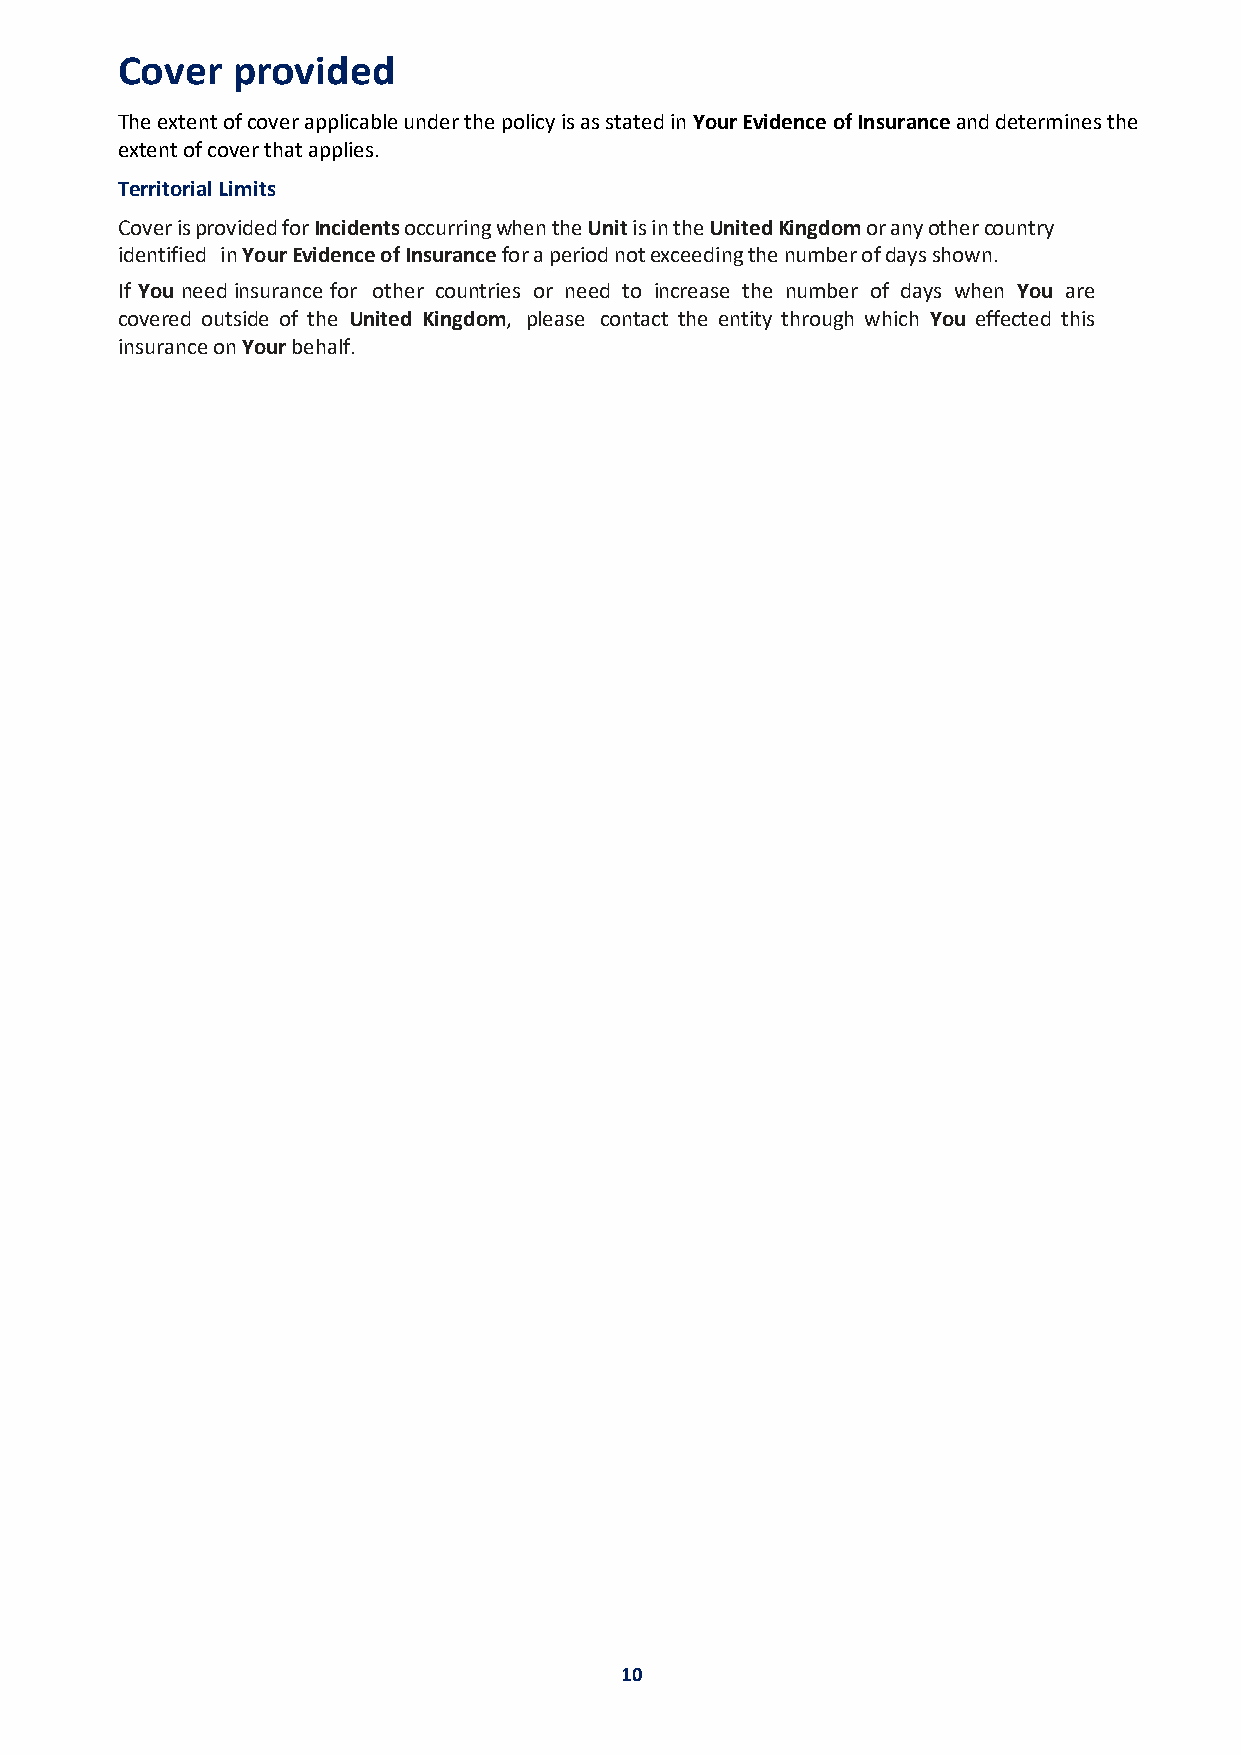
Cover  provided
 The extent of cover applicable under the policy is as stated in Your Evidence of Insurance and determines the
 extent of cover that applies.
 Territorial Limits
 Cover is provided for Incidents occurring when the Unit is in the United Kingdom or any other country
 identified in Your Evidence of Insurance for a period not exceeding the number of days shown.
 If You need insurance for other countries or need to increase the number of days when You are
 covered outside of the United Kingdom, please contact the entity through which You effected this
 insurance on Your behalf.
 10